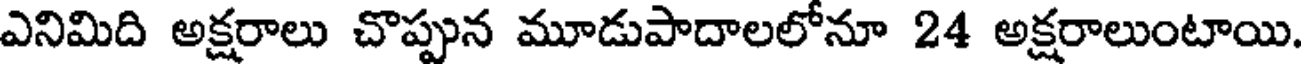
ఎనిమిది అక్షరాలు చొప్పున మూడుపాదాలలోనూ 24 అక్షరాలుంటాయి.